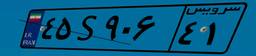
۷۰S۵۱۲۷۹